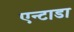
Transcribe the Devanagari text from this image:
एन्टाडा